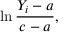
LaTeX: \ln { \frac { Y _ { i } - a } { c - a } } ,